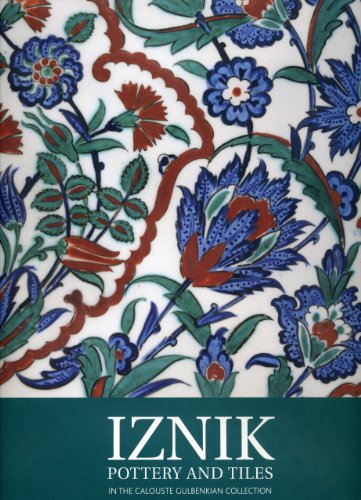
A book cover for Iznik Pottery and Tiles; Maria Ribeiro; Crafts, Hobbies & Home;